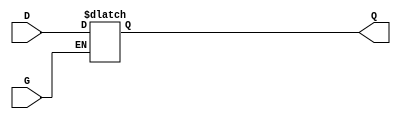
module gated_transparent_latch (
    input wire D,      // Data input
    input wire G,      // Gate/Enable input
    output reg Q       // Output
);

// Always block to implement the behavior of the latch
always @(*) begin
    if (G) begin
        Q = D;        // When G is high, Q follows D
    end else begin
        // When G is low, Q retains its last value (hold state)
        Q = Q;        // Maintain the current value of Q
    end
end

endmodule